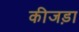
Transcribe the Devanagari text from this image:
कीजड़ा